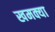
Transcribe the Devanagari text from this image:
खमक्या